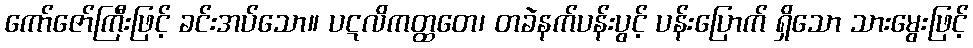
ကော်ဇော်ကြီးဖြင့် ခင်းအပ်သော။ ပဋလိကတ္ထတေ၊ တခဲနက်ပန်းပွင့် ပန်းပြောက် ရှိသော သားမွေးဖြင့်